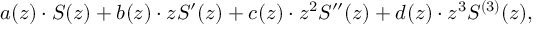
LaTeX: a ( z ) \cdot S ( z ) + b ( z ) \cdot z S ^ { \prime } ( z ) + c ( z ) \cdot z ^ { 2 } S ^ { \prime \prime } ( z ) + d ( z ) \cdot z ^ { 3 } S ^ { ( 3 ) } ( z ) ,